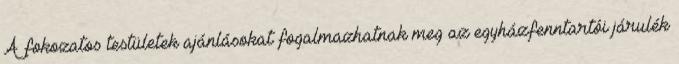
A fokozatos testületek ajánlásokat fogalmazhatnak meg az egyházfenntartói járulék